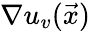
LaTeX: \nabla u_{v}(\vec{x})